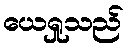
ယေရှုသည်